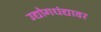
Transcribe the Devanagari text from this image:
उद्योगधंद्यावर